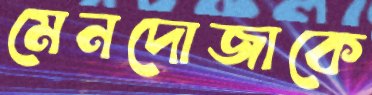
মেনদোজাকে